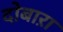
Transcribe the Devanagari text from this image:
दोबाऱा